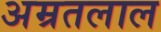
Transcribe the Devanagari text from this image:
अम्रतलाल